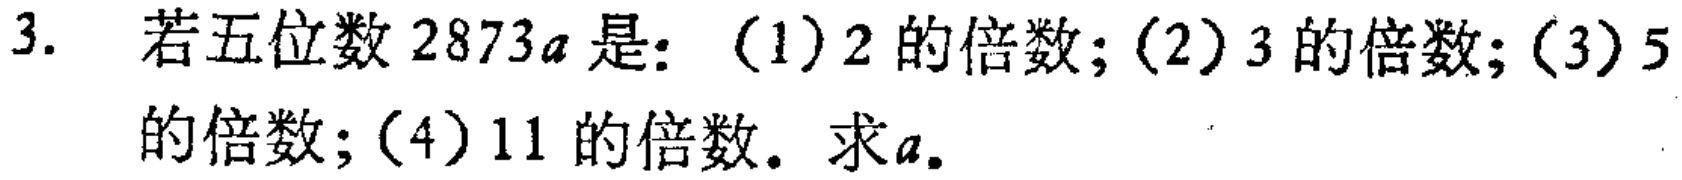
3. 若五位数\(2873a\)是：（1）\(2\)的倍数；（2）\(3\)的倍数；（3）\(5\)的倍数；（4）\(11\)的倍数。求\(a\)。